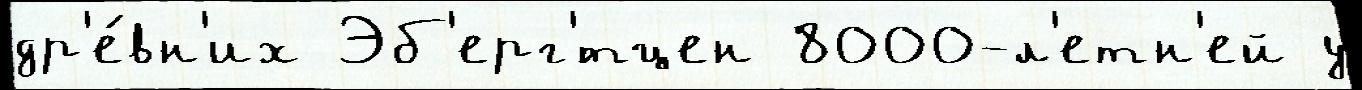
др'е́вн'их Эб'ерг'́тцен 8000-л'етн'ей у